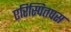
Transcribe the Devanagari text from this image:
एरिस्पितपस